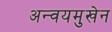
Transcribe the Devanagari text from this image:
अन्वयमुखेन